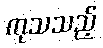
ကုသသည့်